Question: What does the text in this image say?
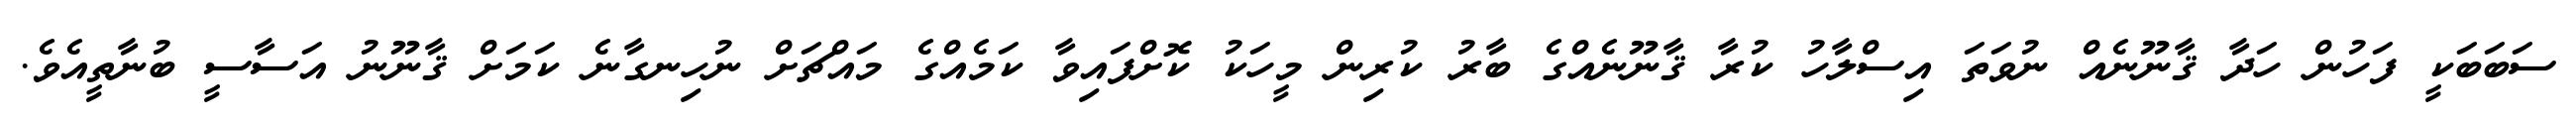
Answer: ސަބަބަކީ ފަހުން ހަދާ ޤާނޫނެއް ނުވަތަ އިސްލާހު ކުރާ ޤާނޫނެއްގެ ބާރު ކުރިން މީހަކު ކޮށްފައިވާ ކަމެއްގެ މައްޗަށް ނުހިނގާނެ ކަމަށް ޤާނޫނު އަސާސީ ބުނާތީއެވެ.